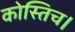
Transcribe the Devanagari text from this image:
कोस्तिच।